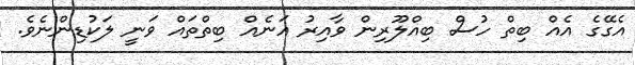
އެގޭގެ އެއް ބިތް ހުސް ބިއްލޫރިން ވާއިރު އަނެއް ބިތްތައް ވަނީ ލަކުޑިންނެވެ.